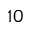
^ { 1 0 }